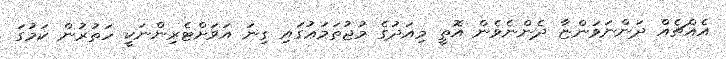
އެއްޗެއް ދަންނަވަންޏާ ދެންނެވެން އޮތީ މިއަދުގެ މުޖުތަމަޢުގައި ގިނަ އަވަށްޓެރިންނަކީ ހަތުރުން ކަމުގަ